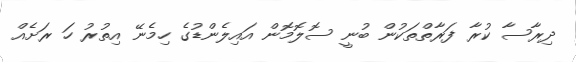
ދިރާސާ ކުރާ ފަރާތްތަކުން ބުނީ ސޮލޮމޮން އައިލެންޑުގެ ހިމެނޭ އިތުރު ހަ ރަށެއް